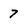
Character: 7